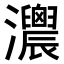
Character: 𤅛